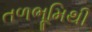
તળભૂમિથી